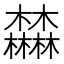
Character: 𣡕